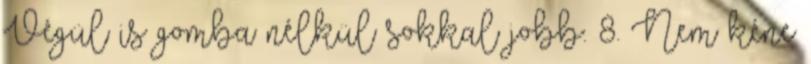
Végül is gomba nélkül sokkal jobb. 8. Nem kéne